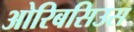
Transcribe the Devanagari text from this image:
ओरिबसिउस